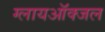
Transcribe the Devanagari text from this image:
ग्लायऑक्जल